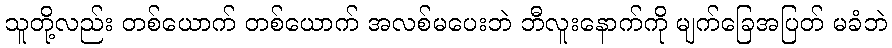
သူတို့လည်း တစ်ယောက် တစ်ယောက် အလစ်မပေးဘဲ ဘီလူးနောက်ကို မျက်ခြေအပြတ် မခံဘဲ